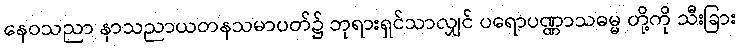
နေဝသညာ နာသညာယတနသမာပတ်၌ ဘုရားရှင်သာလျှင် ပရောပဏ္ဏာသဓမ္မ တို့ကို သီးခြား